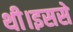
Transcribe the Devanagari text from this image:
थी।इससे